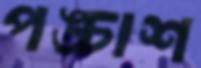
পঙ্চাশ